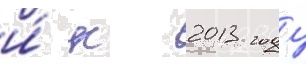
и́ к 2013 году